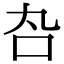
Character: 𠮫